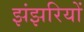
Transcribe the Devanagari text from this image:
झंझरियों